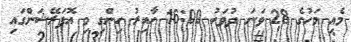
މެއި މަހުގެ 28 ވަނަ ދުވަހު 16:00 ހާއިރު ހިންގި މި އޮޕަރޭޝަންގައި